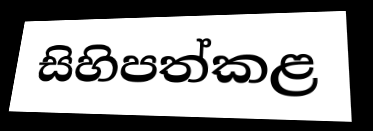
සිහිපත්කළ